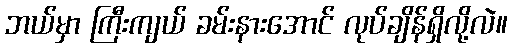
ဘယ်မှာ ကြီးကျယ် ခမ်းနားအောင် လုပ်ချိန်ရှိလို့လဲ။